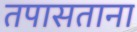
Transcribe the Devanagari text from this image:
तपासताना